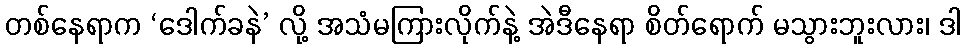
တစ်နေရာက ‘ဒေါက်ခနဲ’ လို့ အသံမကြားလိုက်နဲ့ အဲဒီနေရာ စိတ်ရောက် မသွားဘူးလား၊ ဒါ